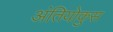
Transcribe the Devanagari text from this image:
अंतियोकुस